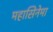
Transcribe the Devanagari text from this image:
महासिनेमा